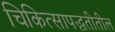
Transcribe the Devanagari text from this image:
चिकित्सापद्धतीतील